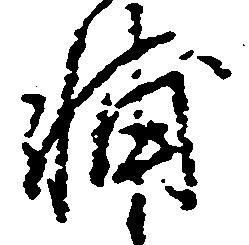
輔